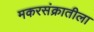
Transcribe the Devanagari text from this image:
मकरसंक्रातीला